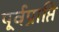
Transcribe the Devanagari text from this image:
पूर्वप्राप्ति